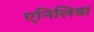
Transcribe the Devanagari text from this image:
एनिलिडा